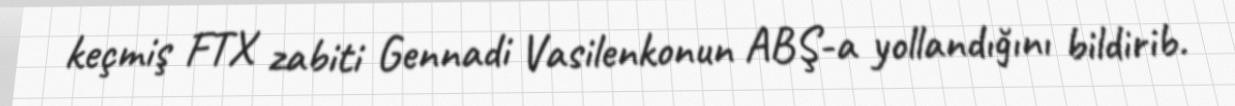
keçmiş FTX zabiti Gennadi Vasilenkonun ABŞ-a yollandığını bildirib.